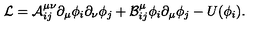
{ \cal { L } } = { \cal { A } } _ { i j } ^ { \mu \nu } \partial _ { \mu } \phi _ { i } \partial _ { \nu } \phi _ { j } + { \cal { B } } _ { i j } ^ { \mu } \phi _ { i } \partial _ { \mu } \phi _ { j } - U ( \phi _ { i } ) .